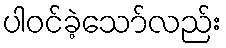
ပါဝင်ခဲ့သော်လည်း